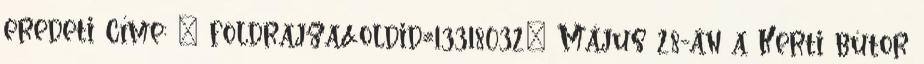
eredeti címe: „ földrajza&oldid=13318032” Május 28-án a Kerti bútor